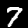
Label: 7